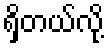
ရှိတယ်လို့